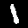
Digit: 1